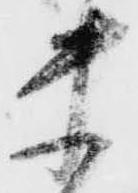
ま